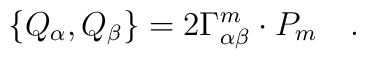
\left\{ Q_\alpha ,Q_\beta \right\} =2\Gamma _{\alpha \beta}^m\cdot P_m\quad .